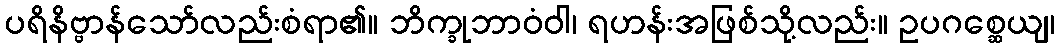
ပရိနိဗ္ဗာန်သော်လည်းစံရာ၏။ ဘိက္ခုဘာဝံဝါ၊ ရဟန်းအဖြစ်သို့လည်း။ ဥပဂစ္ဆေယျ၊